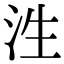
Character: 泩